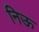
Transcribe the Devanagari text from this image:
निऊ